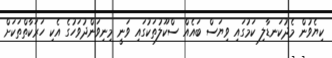
ކިޔެވުން މެދުކަނޑާލި ކަމުގައި ވިޔަސް ބައެއް ސްކޫލުތަކުގައި ވަނީ މިނިވަންދުވަހުގެ އެކި ހަރަކާތްތަކަށް